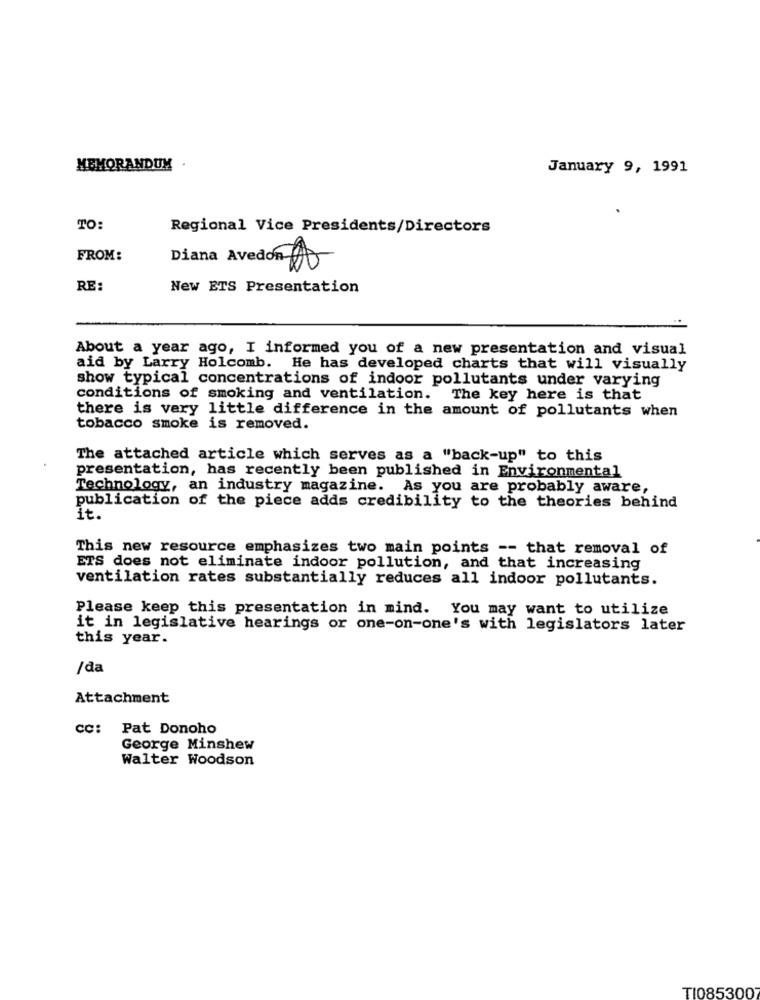
MEMORANDUM
January 9, 1991
TO:
Regional Vice Presidents/Directors
FROM:
Diana Avedon 00
RE:
New ETS Presentation
About a year ago, I informed you of a new presentation and visual
aid by Larry Holcomb. He has developed charts that will visually
show typical concentrations of indoor pollutants under varying
conditions of smoking and ventilation.
The key here is that
there is very little difference in the amount of pollutants when
tobacco smoke is removed.
The attached article which serves as a "back-up" to this
presentation, has recently been published in Environmental
Technology, an industry magazine. As you are probably aware,
publication of the piece adds credibility to the theories behind
it.
This new resource emphasizes two main points -- that removal of
ETS does not eliminate indoor pollution, and that increasing
ventilation rates substantially reduces all indoor pollutants.
Please keep this presentation in mind. You may want to utilize
it in legislative hearings or one-on-one's with legislators later
this year.
/da
Attachment
cc: Pat Donoho
George Minshew
Walter Woodson
TI085300